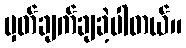
မှတ်ချက်ချခဲ့ပါတယ်။